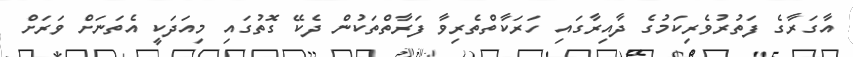
އާގަރާގެ ފަތުރުވެރިކަމުގެ ދާއިރާގައި ހަރަކާތްތެރިވާ ފަރާތްތަކުން ދެކޭ ގޮތުގައި މިއަދަކީ އެތަނަށް ވަރަށް